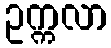
ဥက္ကလာ